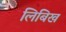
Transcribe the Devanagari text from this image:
लिबिख